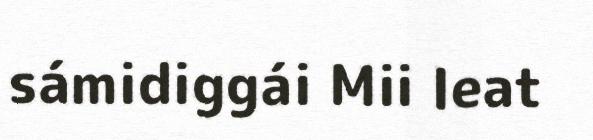
sámidiggái Mii leat